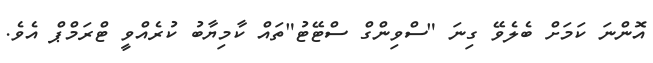
އޮންނަ ކަމަށް ބެލެވޭ ގިނަ "ސްވިންގް ސްޓޭޓު"ތައް ކާމިޔާބު ކުރެއްވީ ޓްރަމްޕް އެވެ.